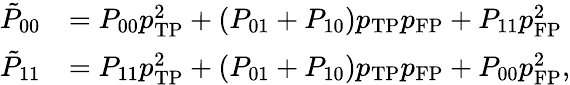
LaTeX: \begin{array}{rl}{\tilde{P}_{\mathrm{00}}}&{=P_{00}p_{\mathrm{TP}}^{2}+(P_{01}+P_{10})p_{\mathrm{TP}}p_{\mathrm{FP}}+P_{11}p_{\mathrm{FP}}^{2}}\\ {\tilde{P}_{\mathrm{11}}}&{=P_{11}p_{\mathrm{TP}}^{2}+(P_{01}+P_{10})p_{\mathrm{TP}}p_{\mathrm{FP}}+P_{00}p_{\mathrm{FP}}^{2},}\end{array}